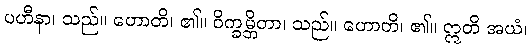
ပဟီနာ၊ သည်။ ဟောတိ၊ ၏။ ဝိက္ခမ္ဘိတာ၊ သည်။ ဟောတိ၊ ၏။ ဣတိ အယံ၊